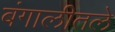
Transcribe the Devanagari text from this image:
बंगालीतले